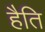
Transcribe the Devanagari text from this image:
हैति